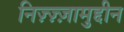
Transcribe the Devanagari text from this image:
निज़्ज़्ज़ामुद्दीन